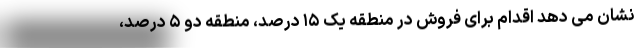
نشان می دهد اقدام برای فروش در منطقه یک ۱۵ درصد، منطقه دو ۵ درصد،